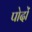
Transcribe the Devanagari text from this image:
पोदों